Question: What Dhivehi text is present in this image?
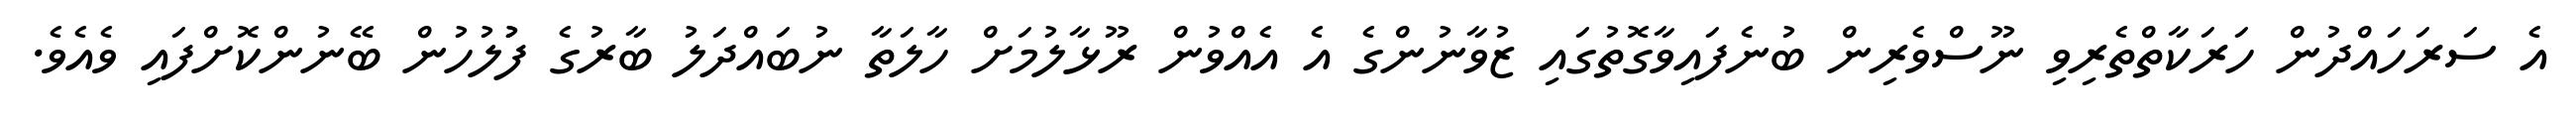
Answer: އެ ސަރަހައްދުން ހަރަކާތްތެރިވި ނޫސްވެރިން ބުނެފައިވާގޮތުގައި ޒުވާނުންގެ އެ އެއްވުން ރޫޅާލުމަށް ހާލަތާ ނުބައްދަލު ބާރުގެ ފުުލުހުން ބޭނުންކޮށްފައި ވެއެވެ.